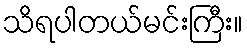
သိရပါတယ်မင်းကြီး။